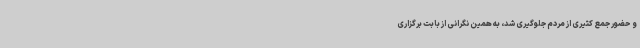
و حضور جمع کثیری از مردم جلوگیری شد، به همین نگرانی از بابت برگزاری